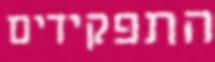
התפקידים